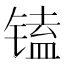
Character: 𰾩